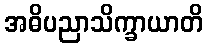
အဓိပညာသိက္ခာယာတိ